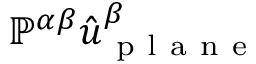
\mathbb { P } ^ { \alpha \beta } \hat { u } _ { \mathrm { ~ p ~ l ~ a ~ n ~ e ~ } } ^ { \beta }